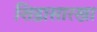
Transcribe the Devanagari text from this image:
शिडासारखा